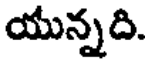
యున్నది.